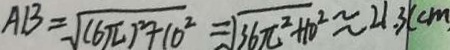
A B = \sqrt { ( 6 \pi ) ^ { 2 } + 1 0 ^ { 2 } } = \sqrt { 3 6 \pi ^ { 2 } + 1 0 ^ { 2 } } \approx 2 1 . 3 ( c m